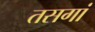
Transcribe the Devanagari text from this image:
तसगां